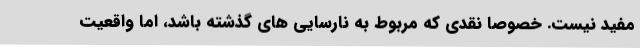
مفید نیست. خصوصا نقدی که مربوط به نارسایی های گذشته باشد، اما واقعیت